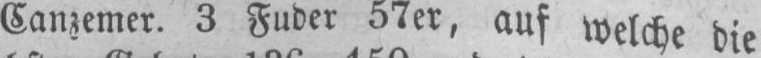
Canzemer. 3 Fuder 57er, auf welche die